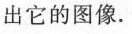
出它的图像.